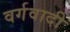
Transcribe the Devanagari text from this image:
वर्गवादी